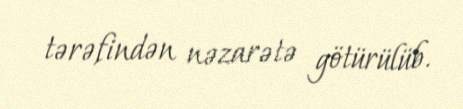
tərəfindən nəzarətə götürülüb.